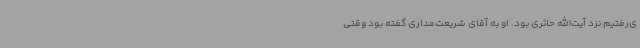
ی‌رفتیم نزد آیت‌الله حائری بود. او به آقای شریعت‌مداری گفته بود وقتی